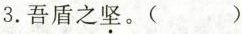
3.吾盾之坚。( )